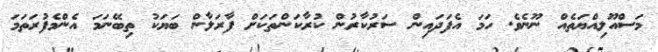
މަސްއޫލިއްޔަތެއް ނޫނެވެ. ހަމަ އެފަދައިން ސަރުކާރުން ކުރާކަންތަކަށް ފާރަލާން ބަޔަކު ތިބޭނަމަ އެންމެފުރަތަމަ